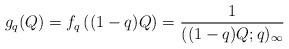
LaTeX: \begin{align*} g_q(Q) = f_q\left( (1-q)Q \right) = \frac{1}{((1-q)Q;q)_\infty}\end{align*}